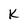
Character: K